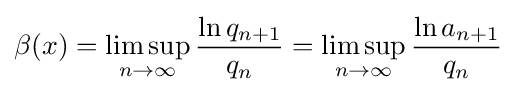
\beta (x)=\limsup _{n\to \infty }{\frac {\ln q_{n+1}}{q_{n}}}=\limsup _{n\to \infty }{\frac {\ln a_{n+1}}{q_{n}}}